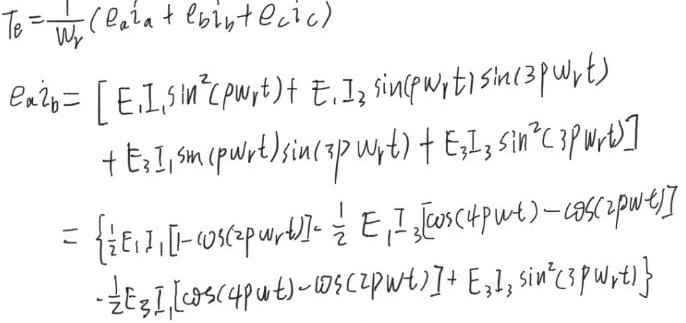
\[
\begin{align*}
T_e&=\frac{1}{w_r}(e_{a}i_{a}+e_{b}i_{b}+e_{c}i_{c})\\
e_{a}i_{b}&=[E_1I_1\sin^2(pw_rt)+E_1I_3\sin(pw_rt)\sin(3pw_rt)\\
&\quad+E_3I_1\sin(pw_rt)\sin(3pw_rt)+E_3I_3\sin^2(3pw_rt)]\\
&=\left\{\frac{1}{2}E_1I_1[1 - \cos(2pw_rt)]-\frac{1}{2}E_1I_3[\cos(4pw_rt)-\cos(2pw_rt)]\right.\\
&\quad\left.-\frac{1}{2}E_3I_1[\cos(4pw_rt)-\cos(2pw_rt)]+E_3I_3\sin^2(3pw_rt)\right\}
\end{align*}
\]